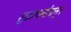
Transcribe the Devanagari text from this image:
शुक्राचार्यांपासून